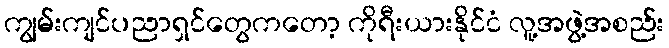
ကျွမ်းကျင်ပညာရှင်တွေကတော့ ကိုရီးယားနိုင်ငံ လူ့အဖွဲ့အစည်း